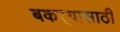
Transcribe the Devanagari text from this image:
बकर्‍यासाठी